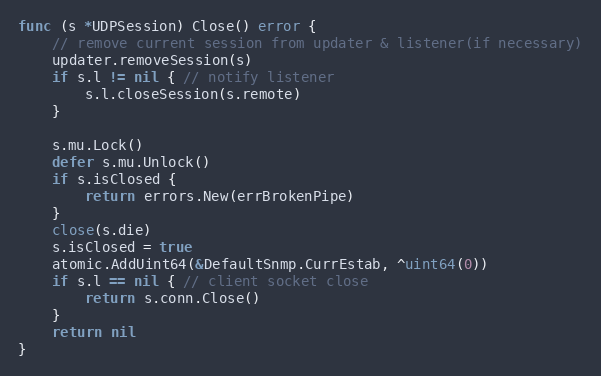
Language: Go
func (s *UDPSession) Close() error {
	// remove current session from updater & listener(if necessary)
	updater.removeSession(s)
	if s.l != nil { // notify listener
		s.l.closeSession(s.remote)
	}

	s.mu.Lock()
	defer s.mu.Unlock()
	if s.isClosed {
		return errors.New(errBrokenPipe)
	}
	close(s.die)
	s.isClosed = true
	atomic.AddUint64(&DefaultSnmp.CurrEstab, ^uint64(0))
	if s.l == nil { // client socket close
		return s.conn.Close()
	}
	return nil
}